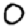
Digit: 0